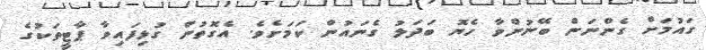
ގައުމަށް ގެންނަން ބޭނުންވާ ހެޔޮ ބަދަލު ގެނައުން ކަމަށެވެ. އެގޮތުން ގުޅިފައިވާ ޕާޓީތަކުގެ